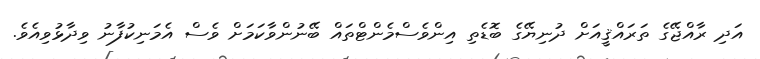
އަދި ރާއްޖޭގެ ތަރައްޤީއަށް ދުނިޔޭގެ ބޮޑެތި އިންވެސްމެންޓްތައް ބޭނުންވާކަމަށް ވެސް އެމަނިކުފާނު ވިދާޅުވިއެވެ.